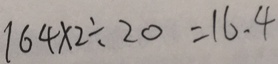
1 6 4 \times 2 \div 2 0 = 1 6 \cdot 4